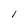
Character: l